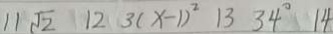
1 1 \sqrt { 2 } 1 2 3 ( x - 1 ) ^ { 2 } 1 3 3 4 ^ { \circ } 1 4